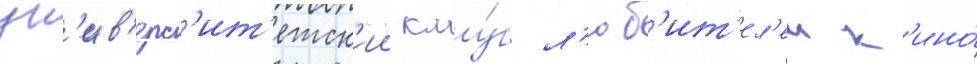
ун'ив'ерс'ит'етск'ии клу́б л'юб'ит'ел'еи к'ино́